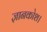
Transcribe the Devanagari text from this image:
ज्ञानकोश।